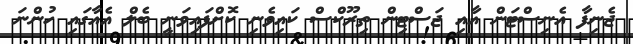
ޖެނިފާ އެނިސްޓަން އާއި ޖަސްޓިން ތިރޫކްސް ކައިވެނި ކޮށްފައިވަނީ ބެލް އެއާގައި ހުންނަ